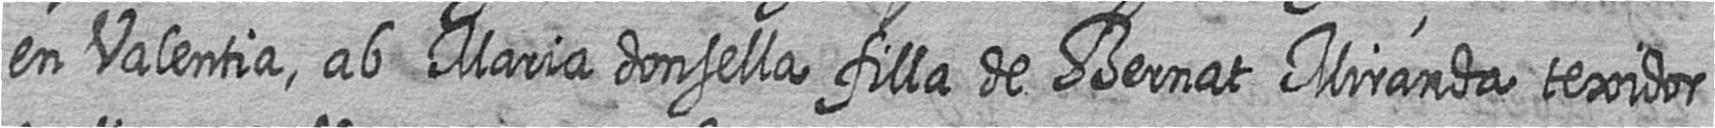
en Valentia ab Maria donsella filla de Bernat Miranda texidor